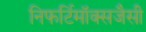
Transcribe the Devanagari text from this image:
निफर्टिमॉक्सजैसी